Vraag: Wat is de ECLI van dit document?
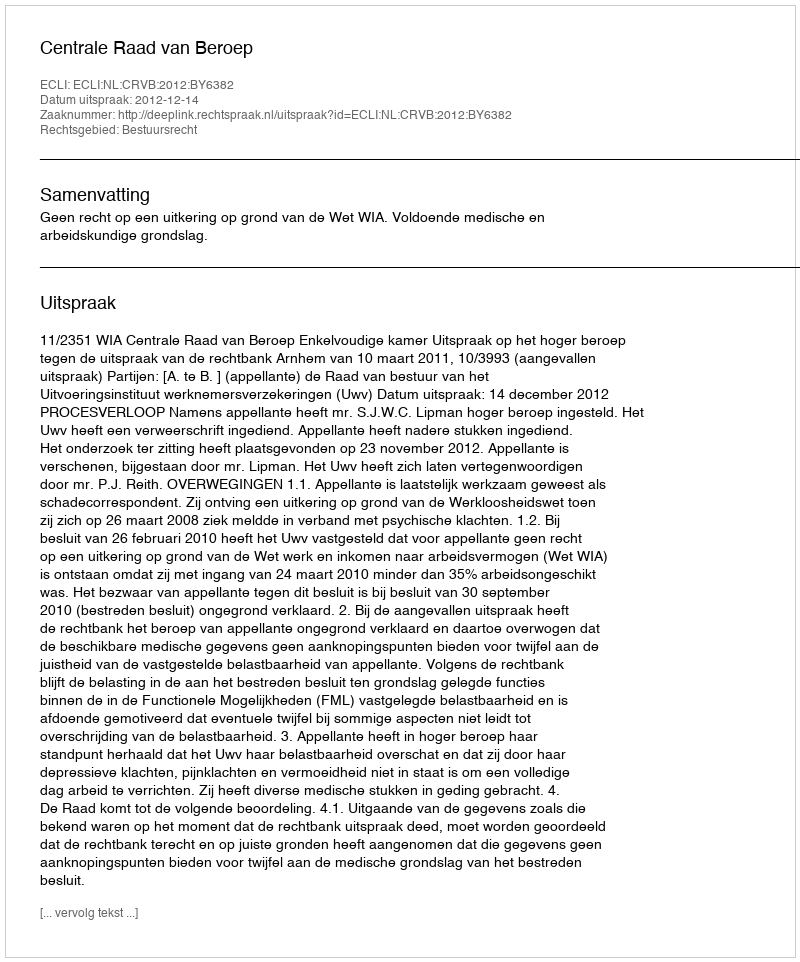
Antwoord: ECLI:NL:CRVB:2012:BY6382